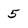
Character: 5